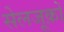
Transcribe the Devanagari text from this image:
सेलजूक़ों